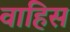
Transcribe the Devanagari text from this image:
वाहिस